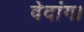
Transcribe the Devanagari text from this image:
वेदांग।